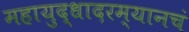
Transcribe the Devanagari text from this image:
महायुद्धादरम्यानचं